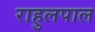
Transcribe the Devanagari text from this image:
राहुलपाल